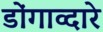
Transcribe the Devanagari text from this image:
डोंगाव्दारे